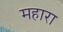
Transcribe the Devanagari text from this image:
महारा